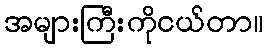
အများကြီးကိုငယ်တာ။